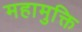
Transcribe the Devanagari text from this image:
महामुक्ति